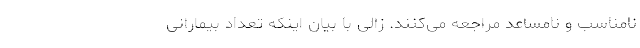
نامناسب و نامساعد مراجعه می‌کنند. زالی با بیان اینکه تعداد بیمارانی